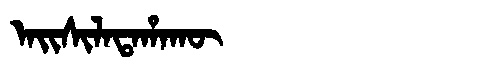
Manchu: ᠠᡳᠰᡳᠯᠠᡨᠠᡥᠠᡴᡡ
Romanization: AISILATAHAKŪ